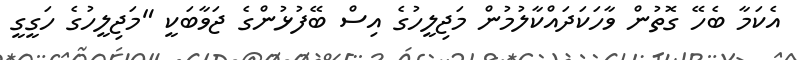
އެކަމާ ބެހޭ ގޮތުން ވާހަކަދައްކާލުމުން މަޖިލީހުގެ އިސް ބޭފުޅުންގެ ޖަވާބަކީ "މަޖިލީހުގެ ހަގީގީ